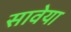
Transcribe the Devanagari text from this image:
सावेया